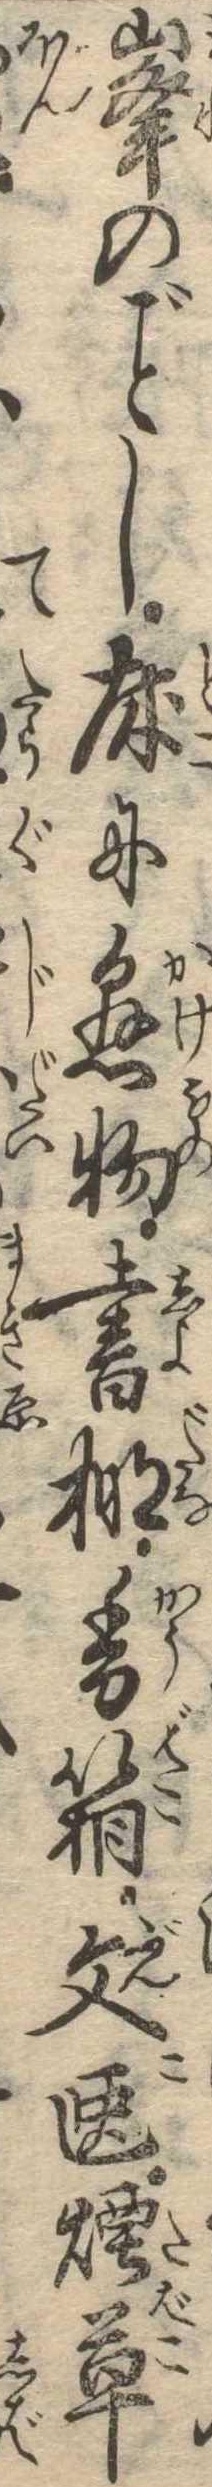
峰のし床に懸物書棚香箱文匣煙草